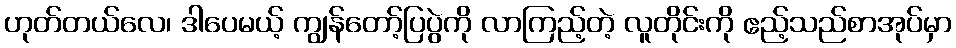
ဟုတ်တယ်လေ၊ ဒါပေမယ့် ကျွန်တော့်ပြပွဲကို လာကြည့်တဲ့ လူတိုင်းကို ဧည့်သည်စာအုပ်မှာ